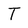
Character: T